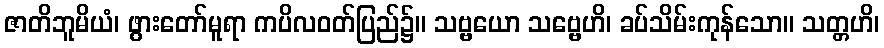
ဇာတိဘူမိယံ၊ ဖွားတော်မူရာ ကပိလဝတ်ပြည်၌။ သဗ္ဗယော သဗ္ဗေဟိ၊ ခပ်သိမ်းကုန်သော။ သတ္တဟိ၊